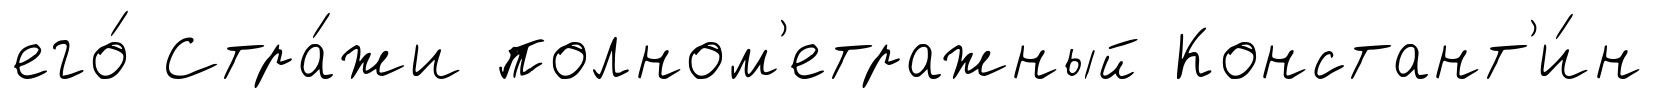
его́ Стра́жи полном'етражный Констант'и́н